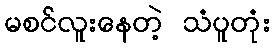
မစင်လူးနေတဲ့ သံပူတုံး